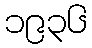
၁၉၃၆